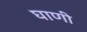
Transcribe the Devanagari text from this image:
घाणी